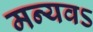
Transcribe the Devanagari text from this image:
मन्यवऽ